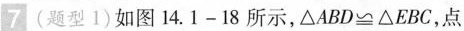
7(题型1)如图14.1-18所示，\triangle ABD\cong\triangle EBC，点